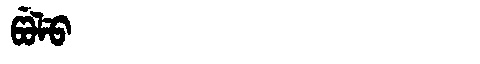
Manchu: ᡦᡠᠯᡠ
Romanization: PULU